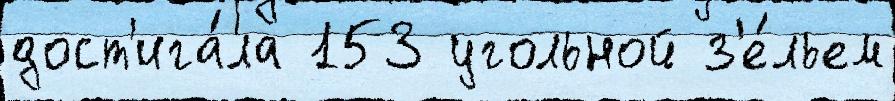
дост'ига́ла 153 угольной з'е́льем